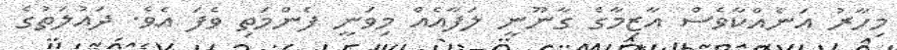
މިހާރު އަނެއްކާވެސް އާޒިމާގެ ގާނޫނީ ލަފާއެއް މިވަނީ ފެންމަތި ވެފަ އެވެ. ދައުލަތުގެ